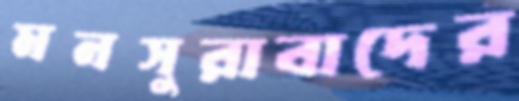
মনসুরাবাদের